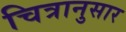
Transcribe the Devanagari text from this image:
चित्रानुसार